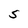
Character: S